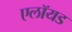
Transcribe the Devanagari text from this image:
एलॉयड